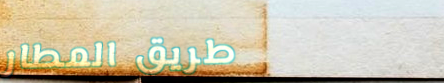
طريق المطار